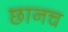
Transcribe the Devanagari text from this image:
छानच